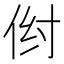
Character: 𪜺